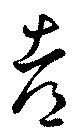
都